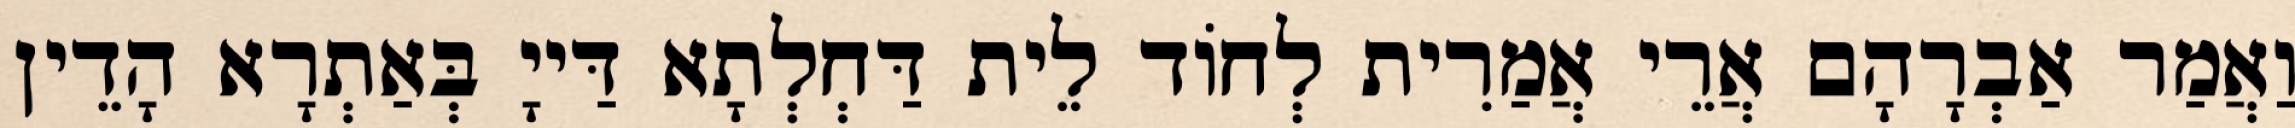
וַאֲמַר אַבְרָהָם אֲרֵי אֲמַרִית לְחוֹד לֵית דַּחְלְתָא דַּייָ בְּאַתְרָא הָדֵין